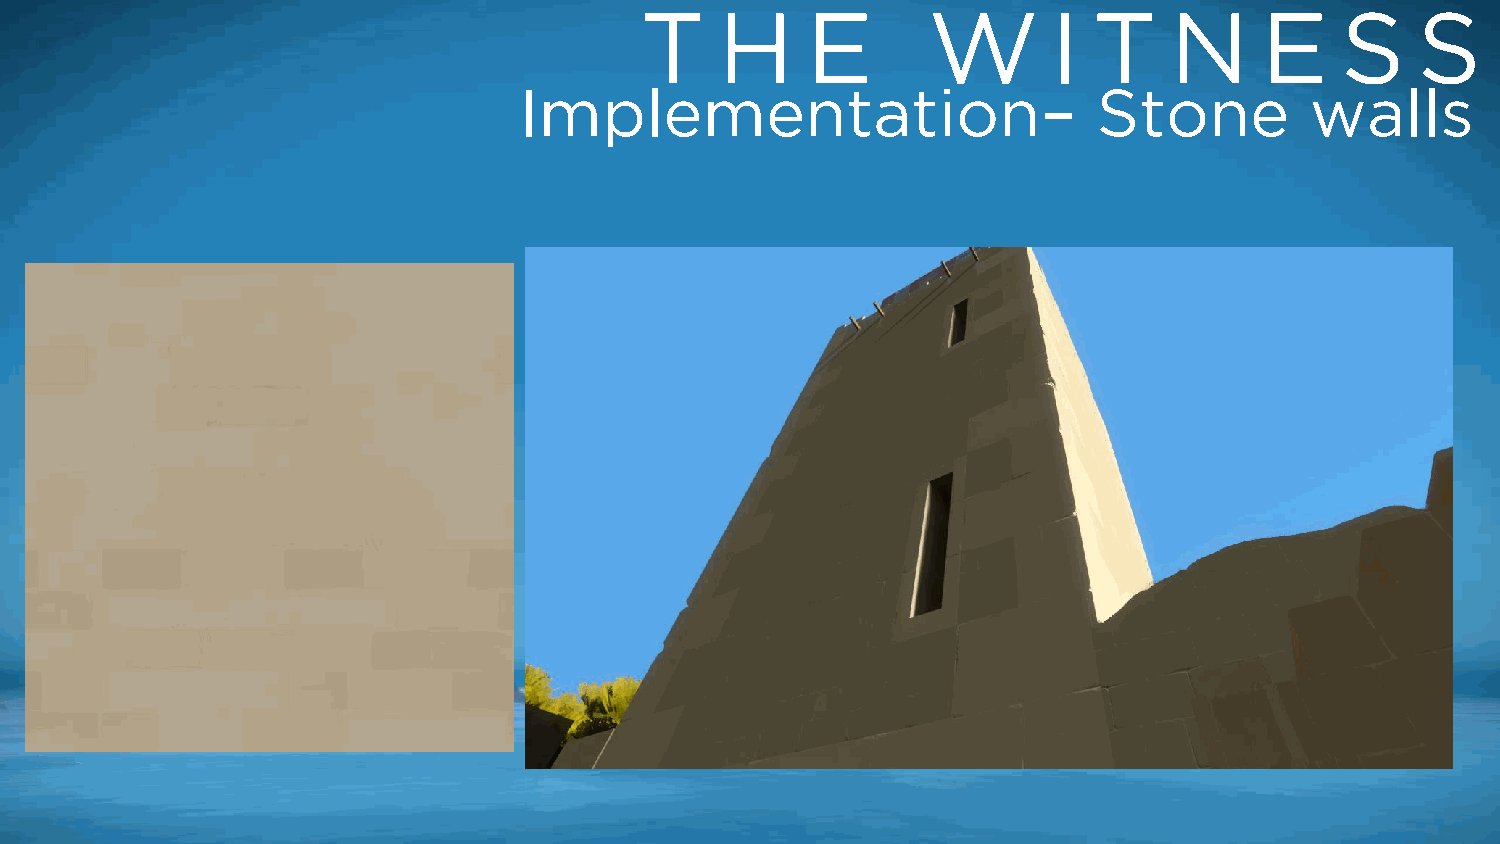
T     H    E       W        I T    N      E    S    S
 Implementation–                        Stone         walls